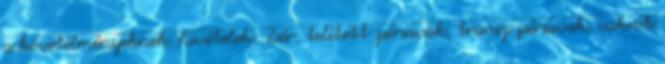
a követelményeknek. Kivételek: Zsír, telített zsírsavak, transz zsírsavak, cukrok